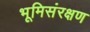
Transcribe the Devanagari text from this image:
भूमिसंरक्षण